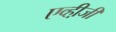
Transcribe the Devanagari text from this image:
एव्ही़जी